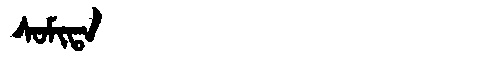
Manchu: ᠰᠣᠮᡳᡨᠠ
Romanization: SOMITA